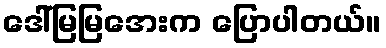
ဒေါ်မြမြအေးက ပြောပါတယ်။